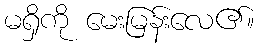
မရှိကို မေးမြန်းလေ၏။